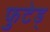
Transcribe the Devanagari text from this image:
फुटेड्